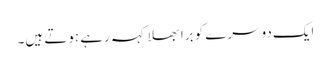
ایک دوسرے کو برا بھلا کہہ رہے ہوتے ہیں۔